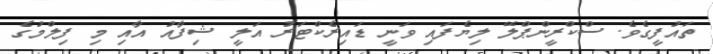
ތައުފީގެވެ. ސްކްރީންޕްލޭ ލިޔެފައި ވަނީ ޑައިރެކްޓަރު އަލީ ޝިފާއު އާއި މި ފިލްމުގެ